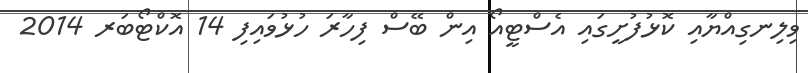
ވިލިނގިއްޔާއި ކޮޅުފުށީގައި އެސްޓީއޯ އިން ބޭސް ފިހާރަ ހުޅުވައިފި 14 އޮކްޓޯބަރ 2014